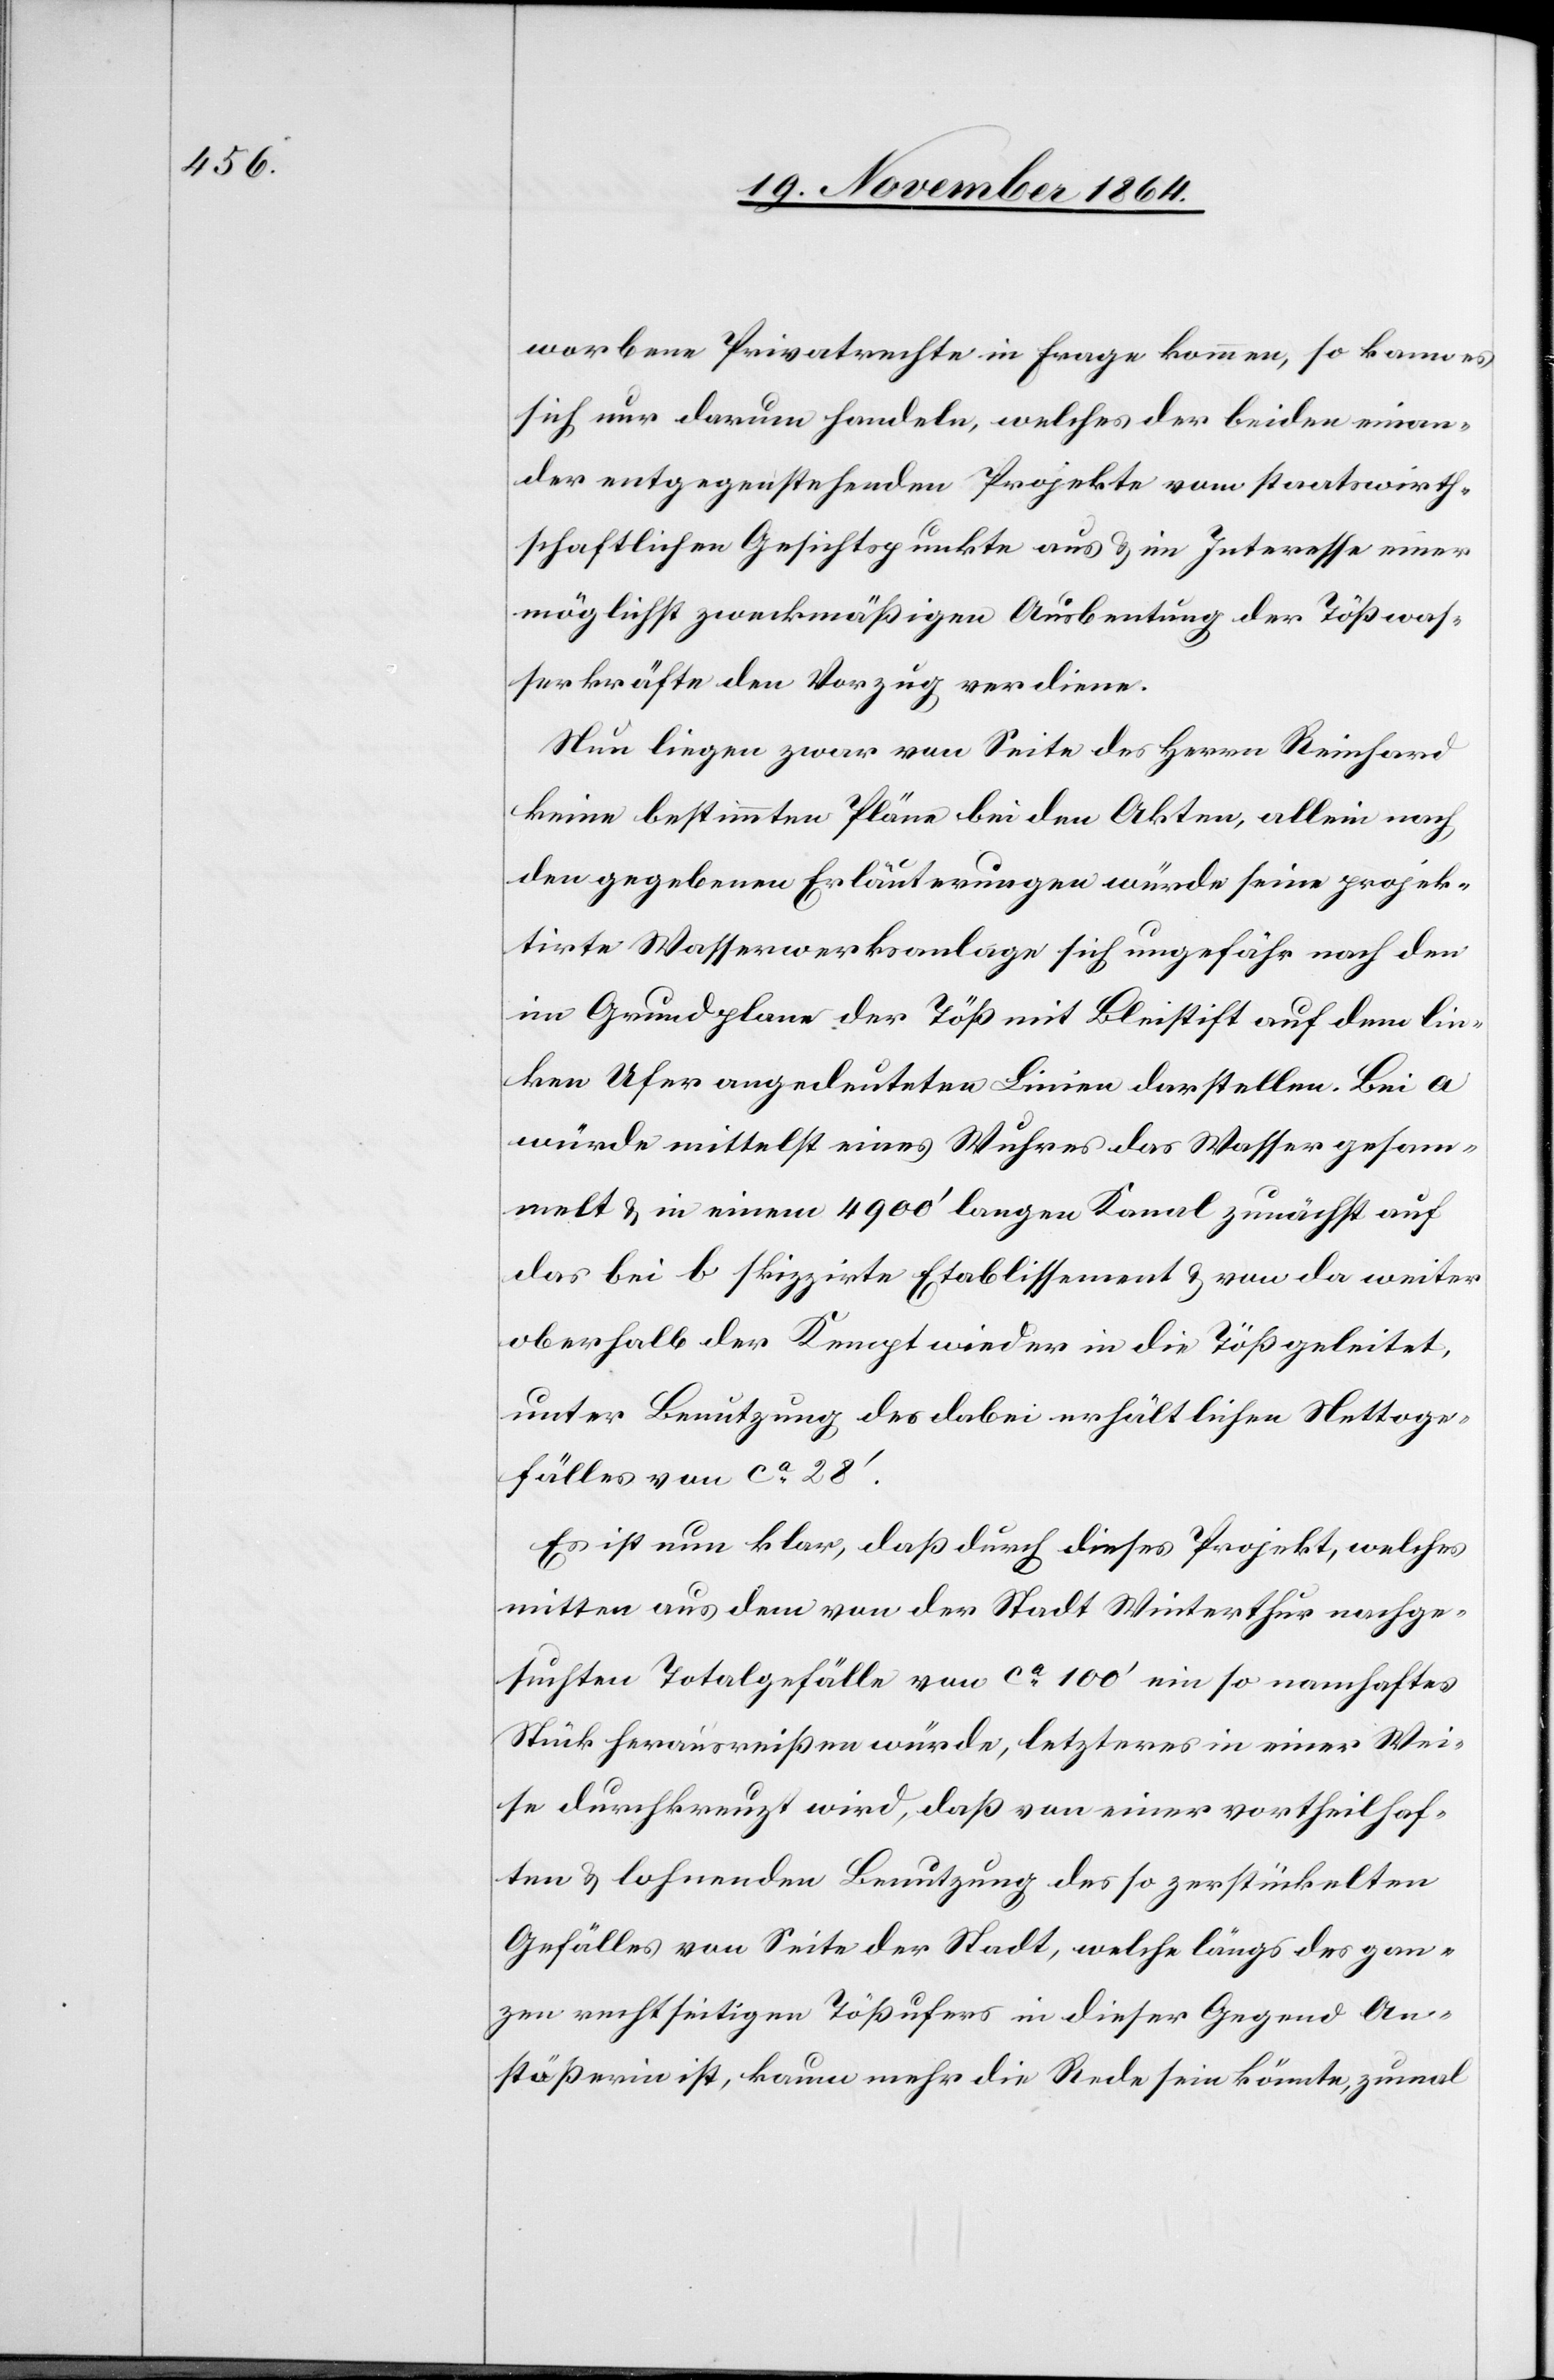
worbene Privatrechte in Frage kommen, so kann es
sich nur darum handeln, welches der beiden einan¬
der entgegenstehenden Projekte vom staatswirth¬
schaftlichen Gesichtspunkte aus & im Interesse einer
möglichst zweckmäßigen Ausbeutung der Tößwas¬
serkräfte den Vorzug verdiene.
Nun liegen zwar von Seite des Herrn Reinhard
keine bestimmten Pläne bei den Akten, allein nach
den gegebenen Erläuterungen würde seine projek¬
tirte Wasserwerksanlage sich ungefähr nach den
im Grundplane der Töß mit Bleistift auf dem lin¬
ken Ufer angedeuteten Linien darstellen. Bei a
würde mittelst eines Wuhres das Wasser gesam¬
melt & in einen 4900’ langen Kanal zunächst auf
das bei b skizzirte Etablissement & von da weiter
oberhalb der Kempt wieder in die Töß geleitet,
unter Benutzung des dabei erhältlichen Nettoge¬
fälles von ca 28’.
Es ist nun klar, daß durch dieses Projekt, welches
mitten aus dem von der Stadt Winterthur nachge¬
suchten Totalgefälle von ca 100’ ein so namhaftes
Stück herausreißen würde, letzteres in einer Wei¬
se durchkreuzt wird, daß von einer vortheilhaf¬
ten & lohnenden Benutzung des so zerstückelten
Gefälles von Seite der Stadt, welche längs des gan¬
zen rechtseitigen Tößufers in dieser Gegend An¬
stößerin ist, kaum mehr die Rede sein könnte, zumal